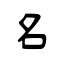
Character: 名